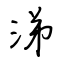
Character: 涕